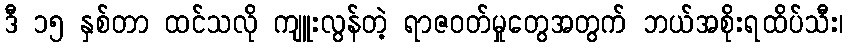
ဒီ ၁၅ နှစ်တာ ထင်သလို ကျူးလွန်တဲ့ ရာဇဝတ်မှုတွေအတွက် ဘယ်အစိုးရထိပ်သီး၊